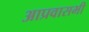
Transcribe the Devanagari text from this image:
आप्रवासभी